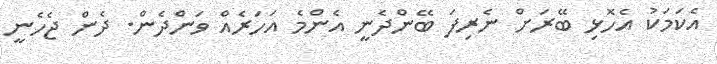
އެކަމަކު އެހޮޅި ބޭރަށް ނެރިފަ ބޭންދެނީ އެންމެ އަހަރެއް ވަންދެން. ދެން ޖެހެނީ